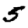
Digit: 5